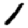
Digit: 1